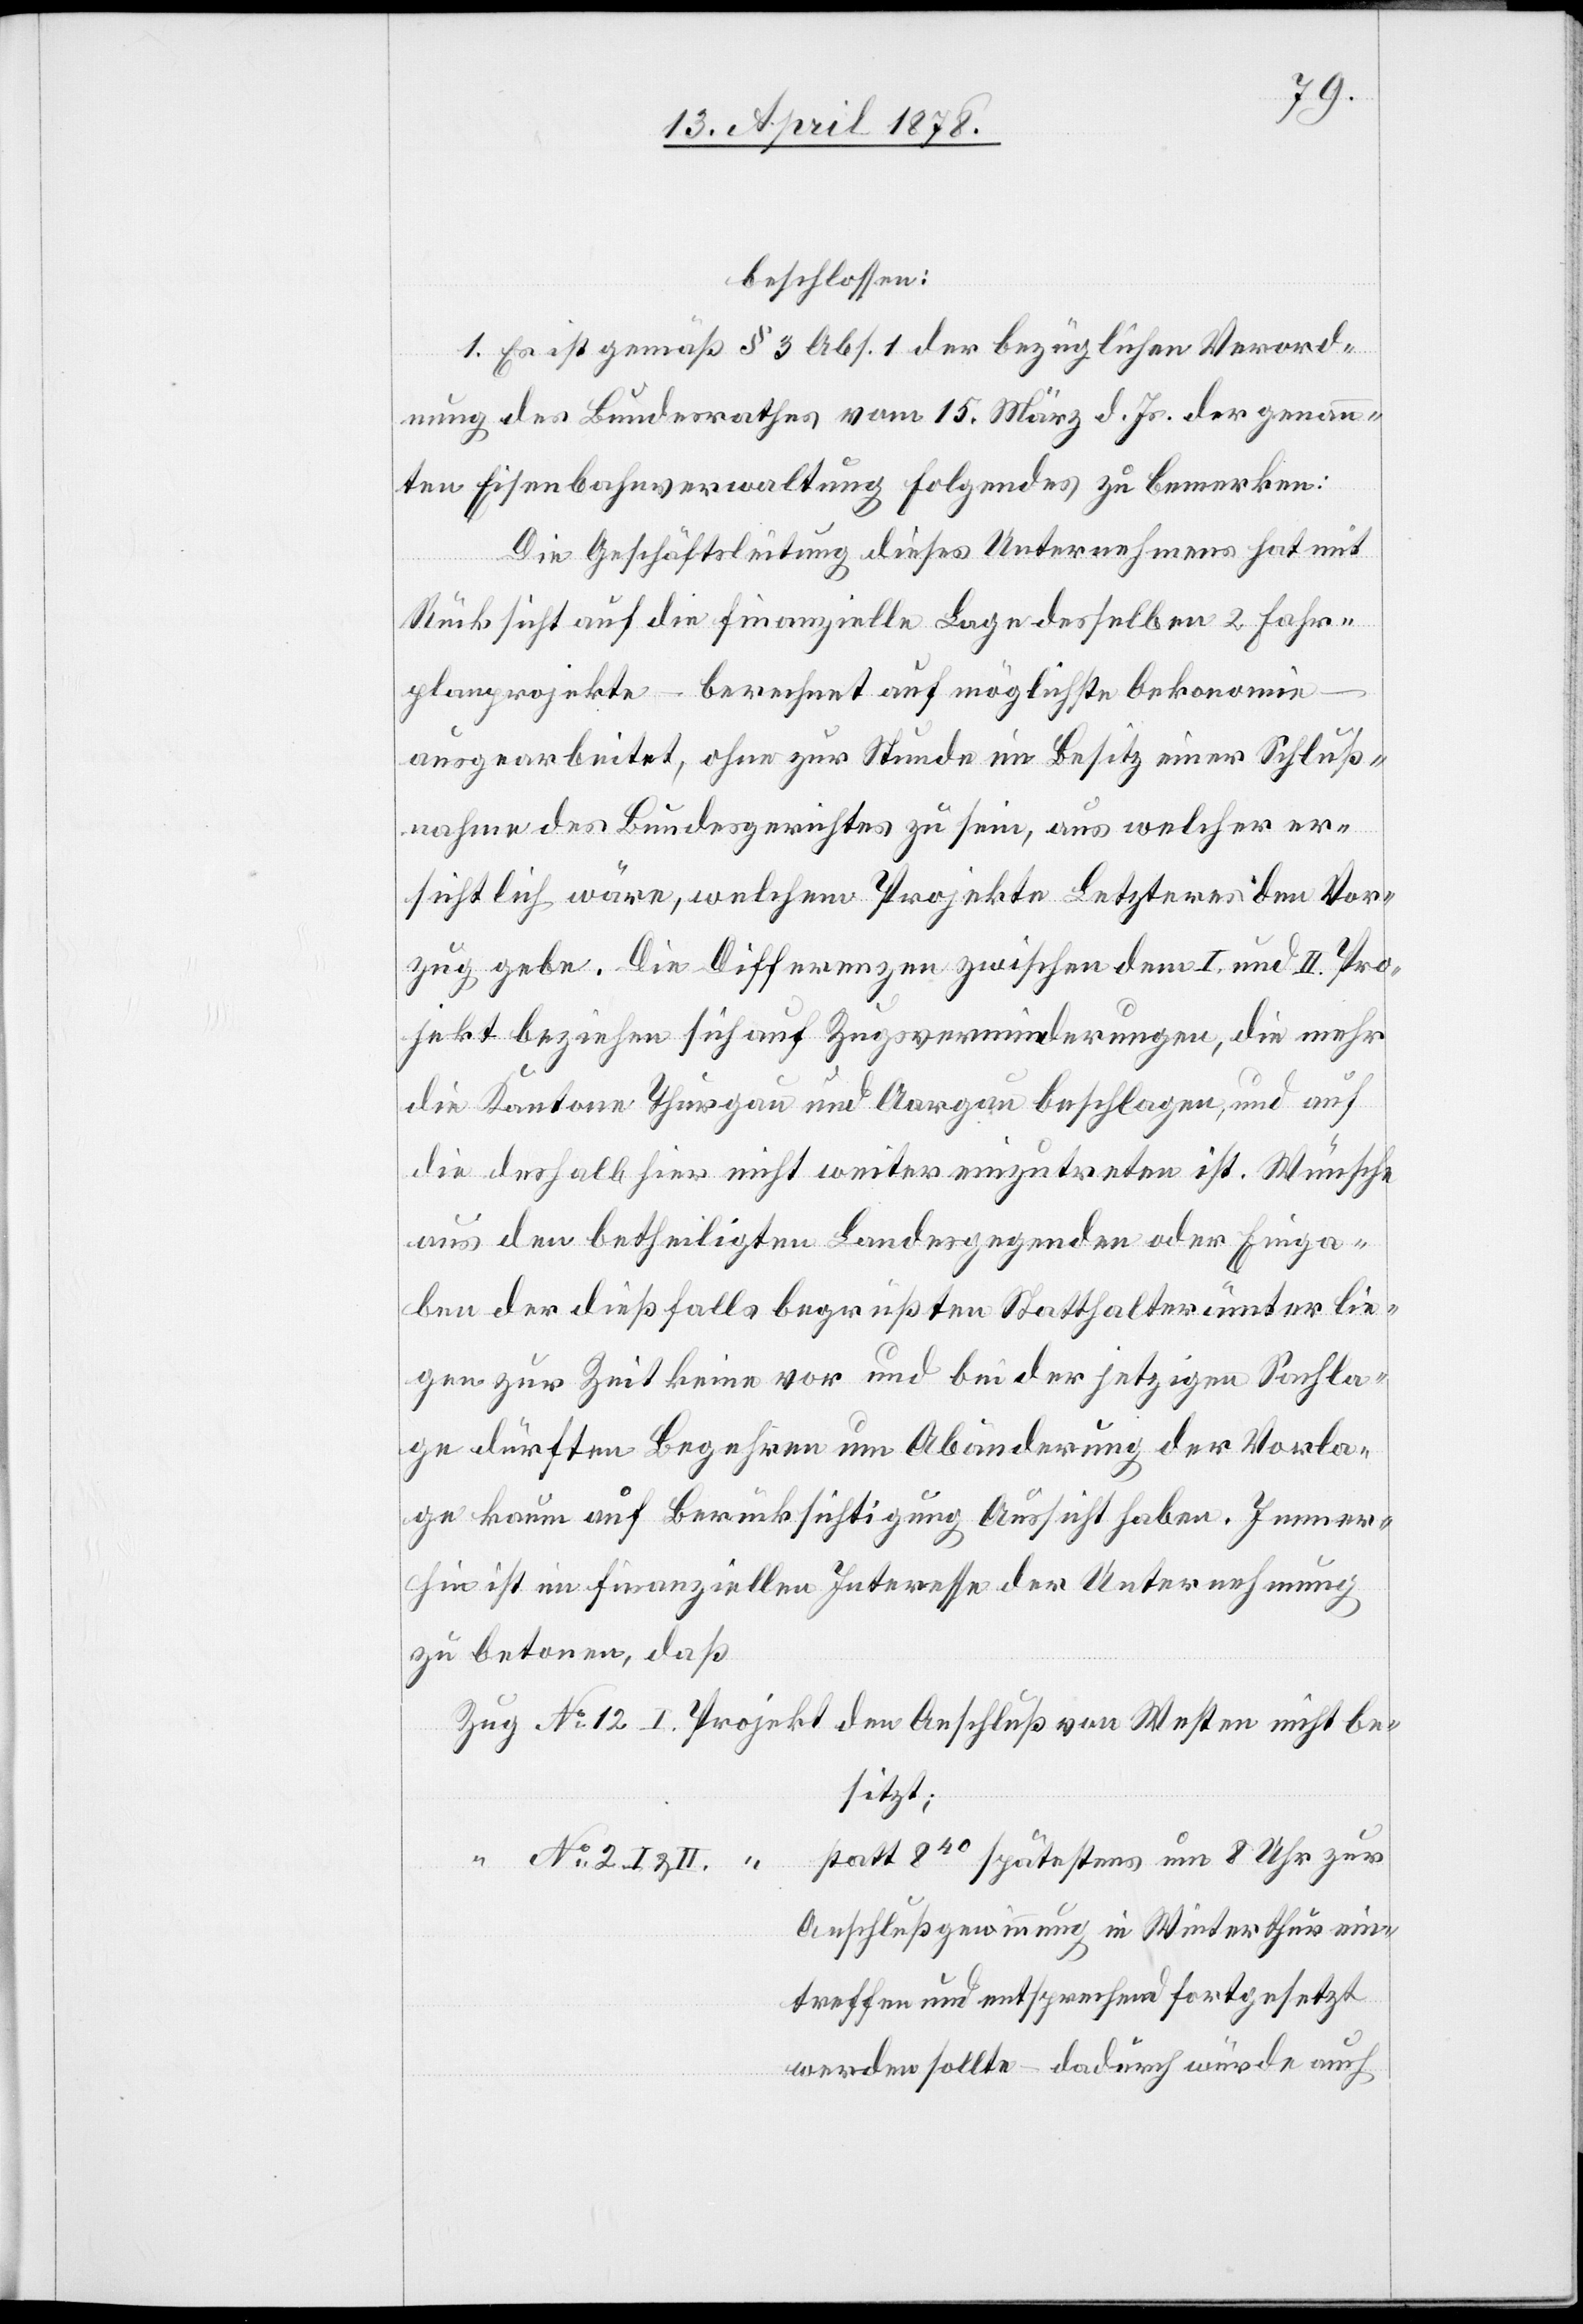
beschlossen:
1. Es ist gemäß § 3 Abs. 1 der bezüglichen Verord¬
nung des Bundesrathes vom 15. März d. Js. der genann¬
ten Eisenbahnverwaltung folgendes zu bemerken:
Die Geschäftsleitung dieses Unternehmens hat mit
Rücksicht auf die finanzielle Lage desselben 2 Fahr¬
planprojekte – berechnet auf möglichste Oekonomie
ausgearbeitet, ohne zur Stunde im Besitz einer Schluß¬
nahme des Bundesgerichtes zu sein, aus welcher er¬
sichtlich wäre, welchem Projekte Letzteres den Vor¬
zug gebe. Die Differenzen zwischen dem I. und II. Pro¬
jekt beziehen sich auf Zugsverminderungen, die mehr
die Kantone Thurgau und Aargau beschlagen, und auf
die deshalb hier nicht weiter einzutreten ist. Wünsche
aus den betheiligten Landesgegenden oder Einga¬
ben der dießfalls begrüßten Statthalterämter lie¬
gen zur Zeit keine vor und bei der jetzigen Sachla¬
ge dürften Begehren um Abänderung der Vorla¬
ge kaum auf Berücksichtigung Aussicht haben. Immer¬
hin ist im finanziellen Interesse der Unternehmung
zu betonen, daß
besitzt;
statt 840 spätestens um 8 Uhr zur
Anschlußgewinnung in Winterthur ein¬
treffen und entsprechend fortgesetzt
werden sollte – dadurch würde auch